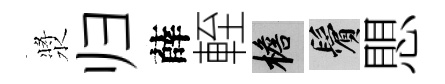
漿归薛輊檐鬢愳